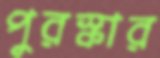
পুরস্কার